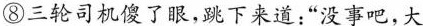
⑧三轮司机傻了眼，跳下来道:“没事吧，大